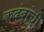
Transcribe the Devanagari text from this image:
कदंबांची